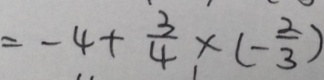
= - 4 + \frac { 3 } { 4 } \times ( - \frac { 2 } { 3 } )